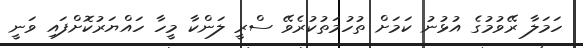
ހަމަލާ ރޭވުމުގެ އުޅުނު ކަމަށް ތުހުމަތުކުރެވޭ ސްރީ ލަންކާ މީހާ ހައްޔަރުކޮށްފައި ވަނީ